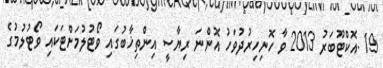
19 .އޮކްޓޫބަރު 2013 ވާ ހޮނިހިރުދުވަހު އޮންނަ ރިޔާސީ އިންތިޚާބުގައި ވޯޓުލުމަށްޓަކައި ވޯޓުލުމުގެ